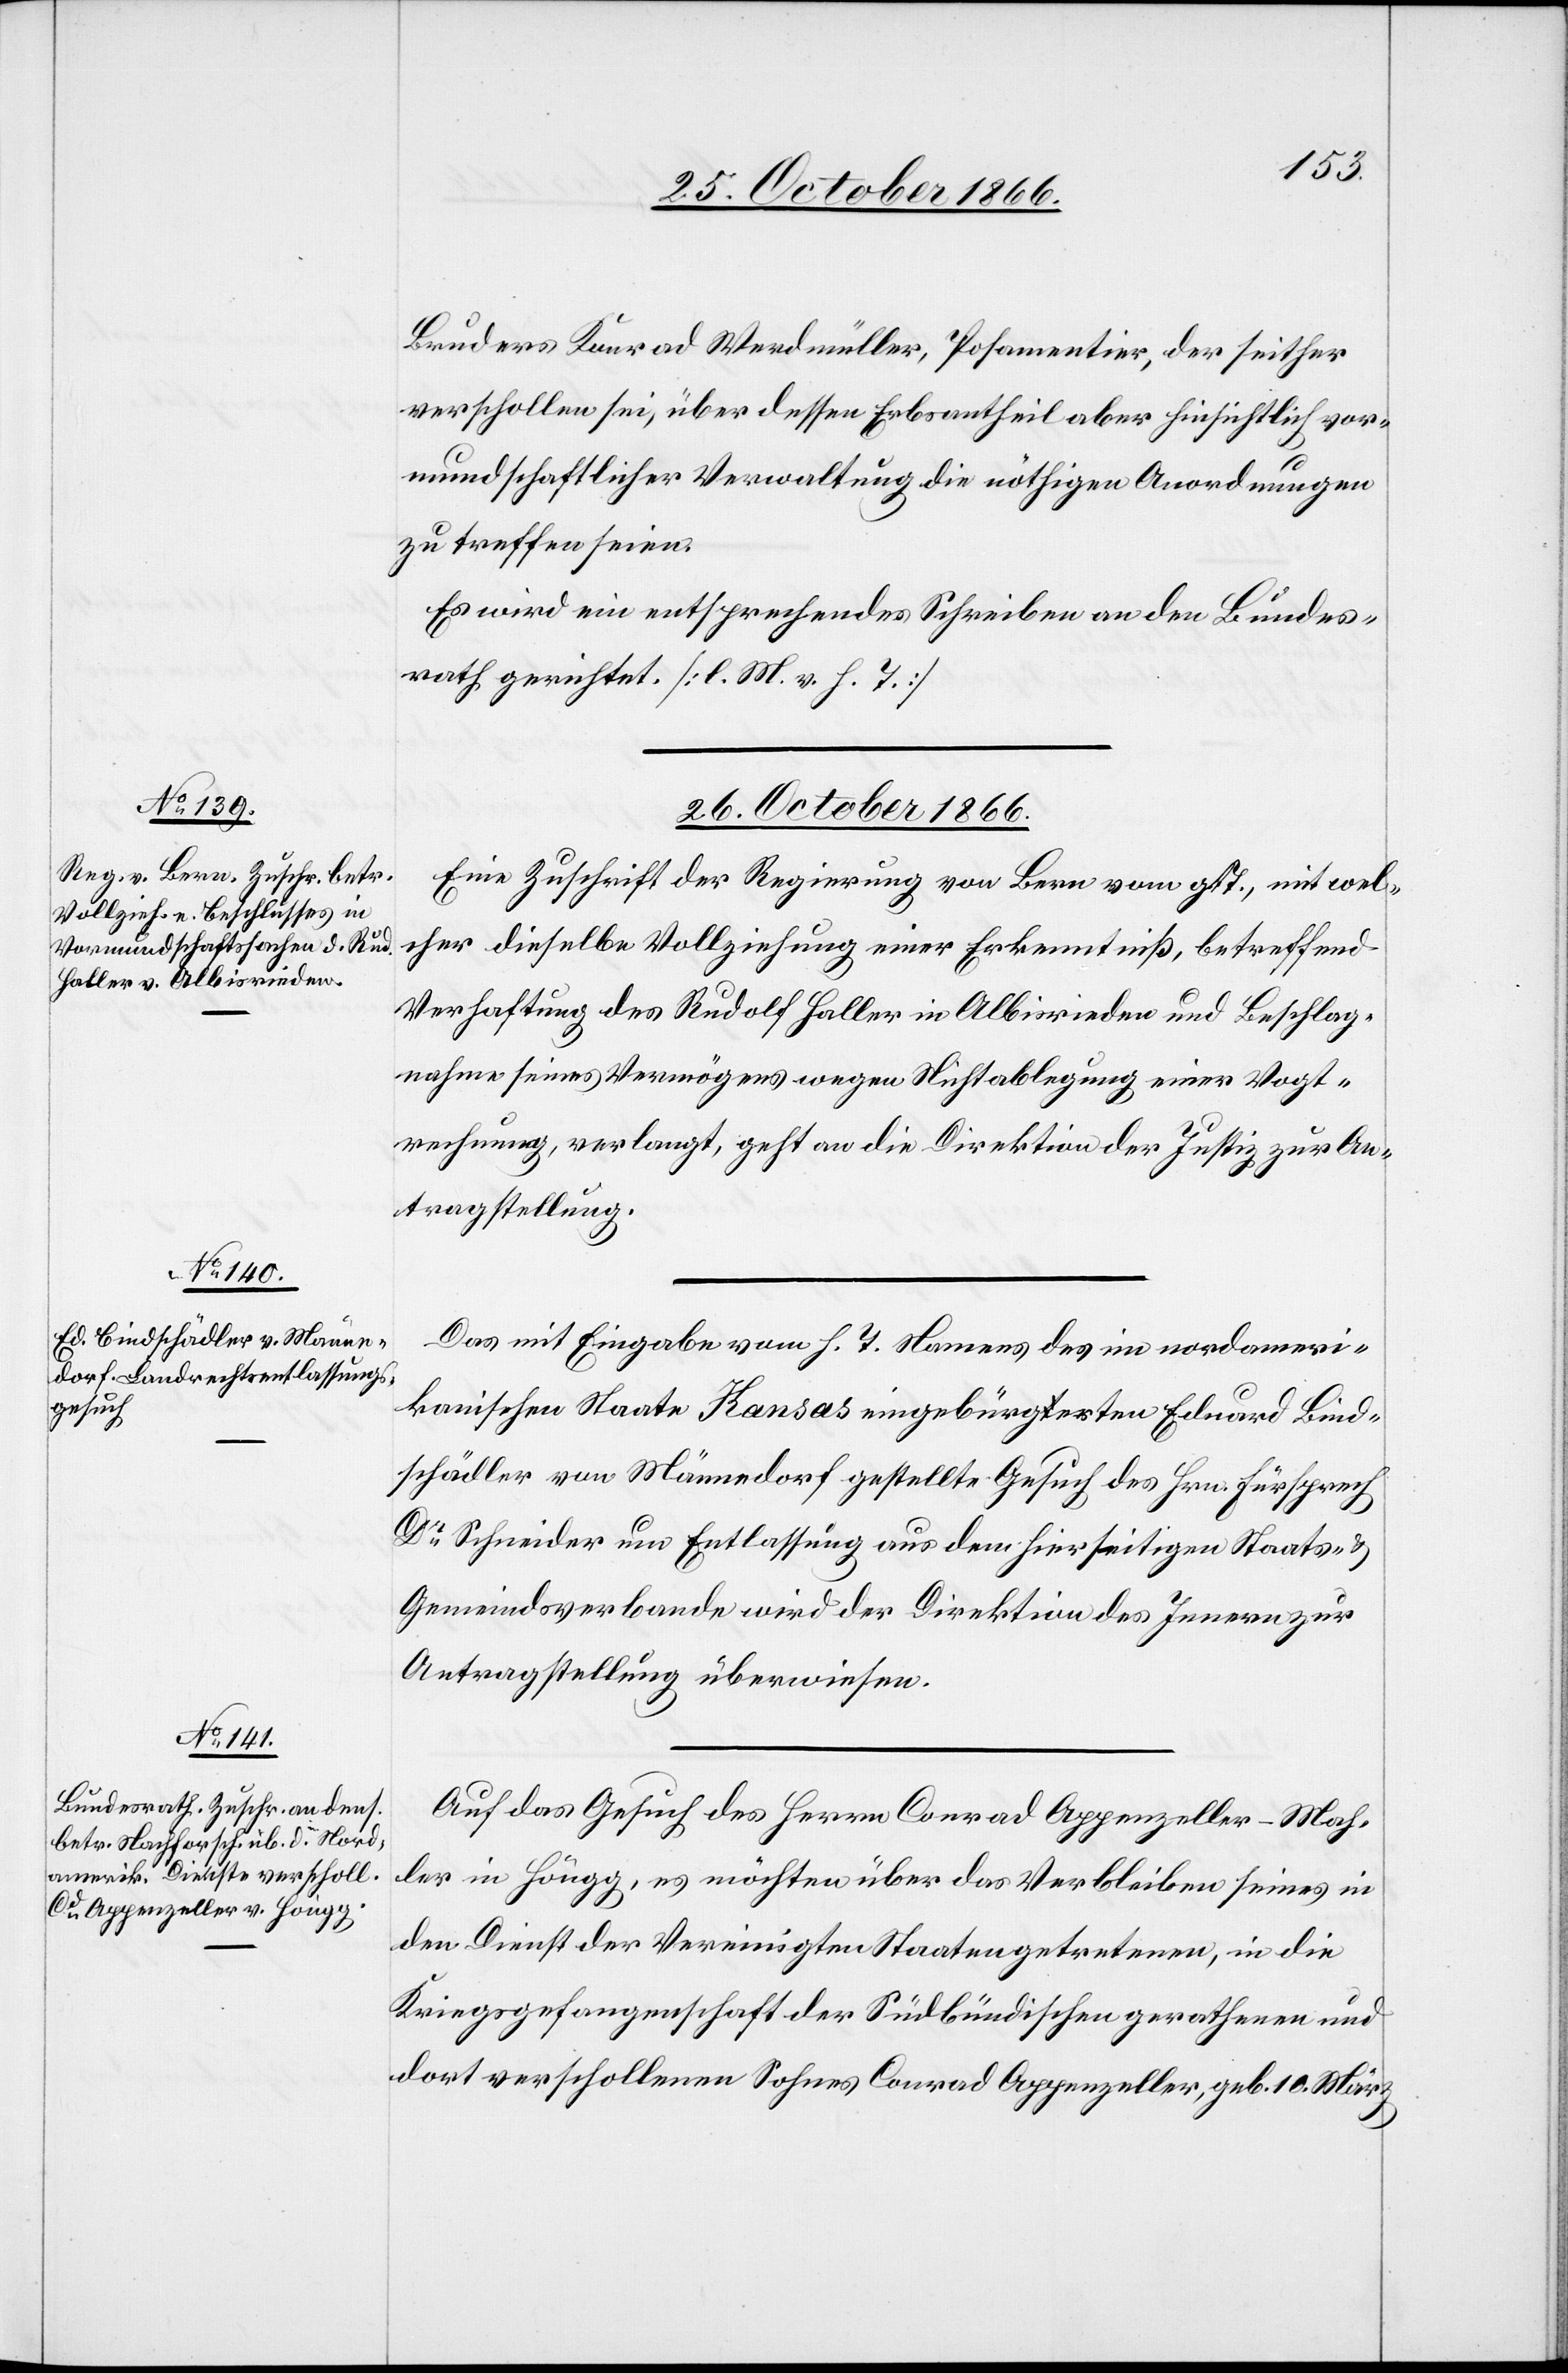
Bruders Konrad Werdmüller, Posamentier [sic!], der seither
verschollen sei, über dessen Erbsantheil aber hinsichtlich vor¬
mundschaftlicher Verwaltung die nöthigen Anordnungen
zu treffen seien.
Es wird ein entsprechendes Schreiben an den Bundes¬
rath gerichtet. [l. M. v. h. T.]
26. October 1866.]
Eine Zuschrift der Regierung von Bern vom g. T., mit wel¬
cher dieselbe Vollziehung einer Erkenntniß, betreffend
Verhaftung des Rudolf Haller in Albisrieden und Beschlag¬
nahme seines Vermögens wegen Nichtablegung einer Vogt¬
rechnung, verlangt, geht an die Direktion der Justiz zur An¬
tragstellung.
Das mit Eingabe vom h. T. Namens des im nordameri¬
kanischen Staate Kansas eingebürgerten Eduard Bind¬
schädler von Männedorf gestellte Gesuch des Hrn. Fürsprech
Dr. Schneider um Entlassung aus dem hierseitigen Staats- &
Gemeindsverbande wird der Direktion des Innern zur
Antragstellung überwiesen.
Auf das Gesuch des Herrn Conrad Appenzeller-Mah¬
ler in Höngg, es möchten über das Verbleiben seines in
den Dienst der Vereinigten Staaten getretenen, in die
Kriegsgefangenschaft der Südbündischen gerathenen und
dort verschollenen Sohnes Conrad Appenzeller, geb. 10. März